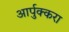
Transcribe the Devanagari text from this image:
आर्पुक्करा